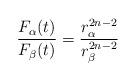
LaTeX: \begin{align*}\frac{F_\alpha(t)}{F_\beta(t)} = \frac{r_\alpha^{2n-2}}{r_\beta^{2n-2}}\end{align*}